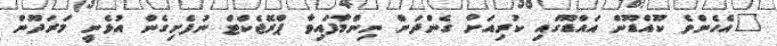
"އެހެންވެ ކޫއްޑޫން އައްޑޫގައި ކުރިއަށް ގެންދަން ނިންމާފައިވާ ޕްރޮޖެކްޓް ނުފެށިގެން އުޅެނީ މަރަދޫން